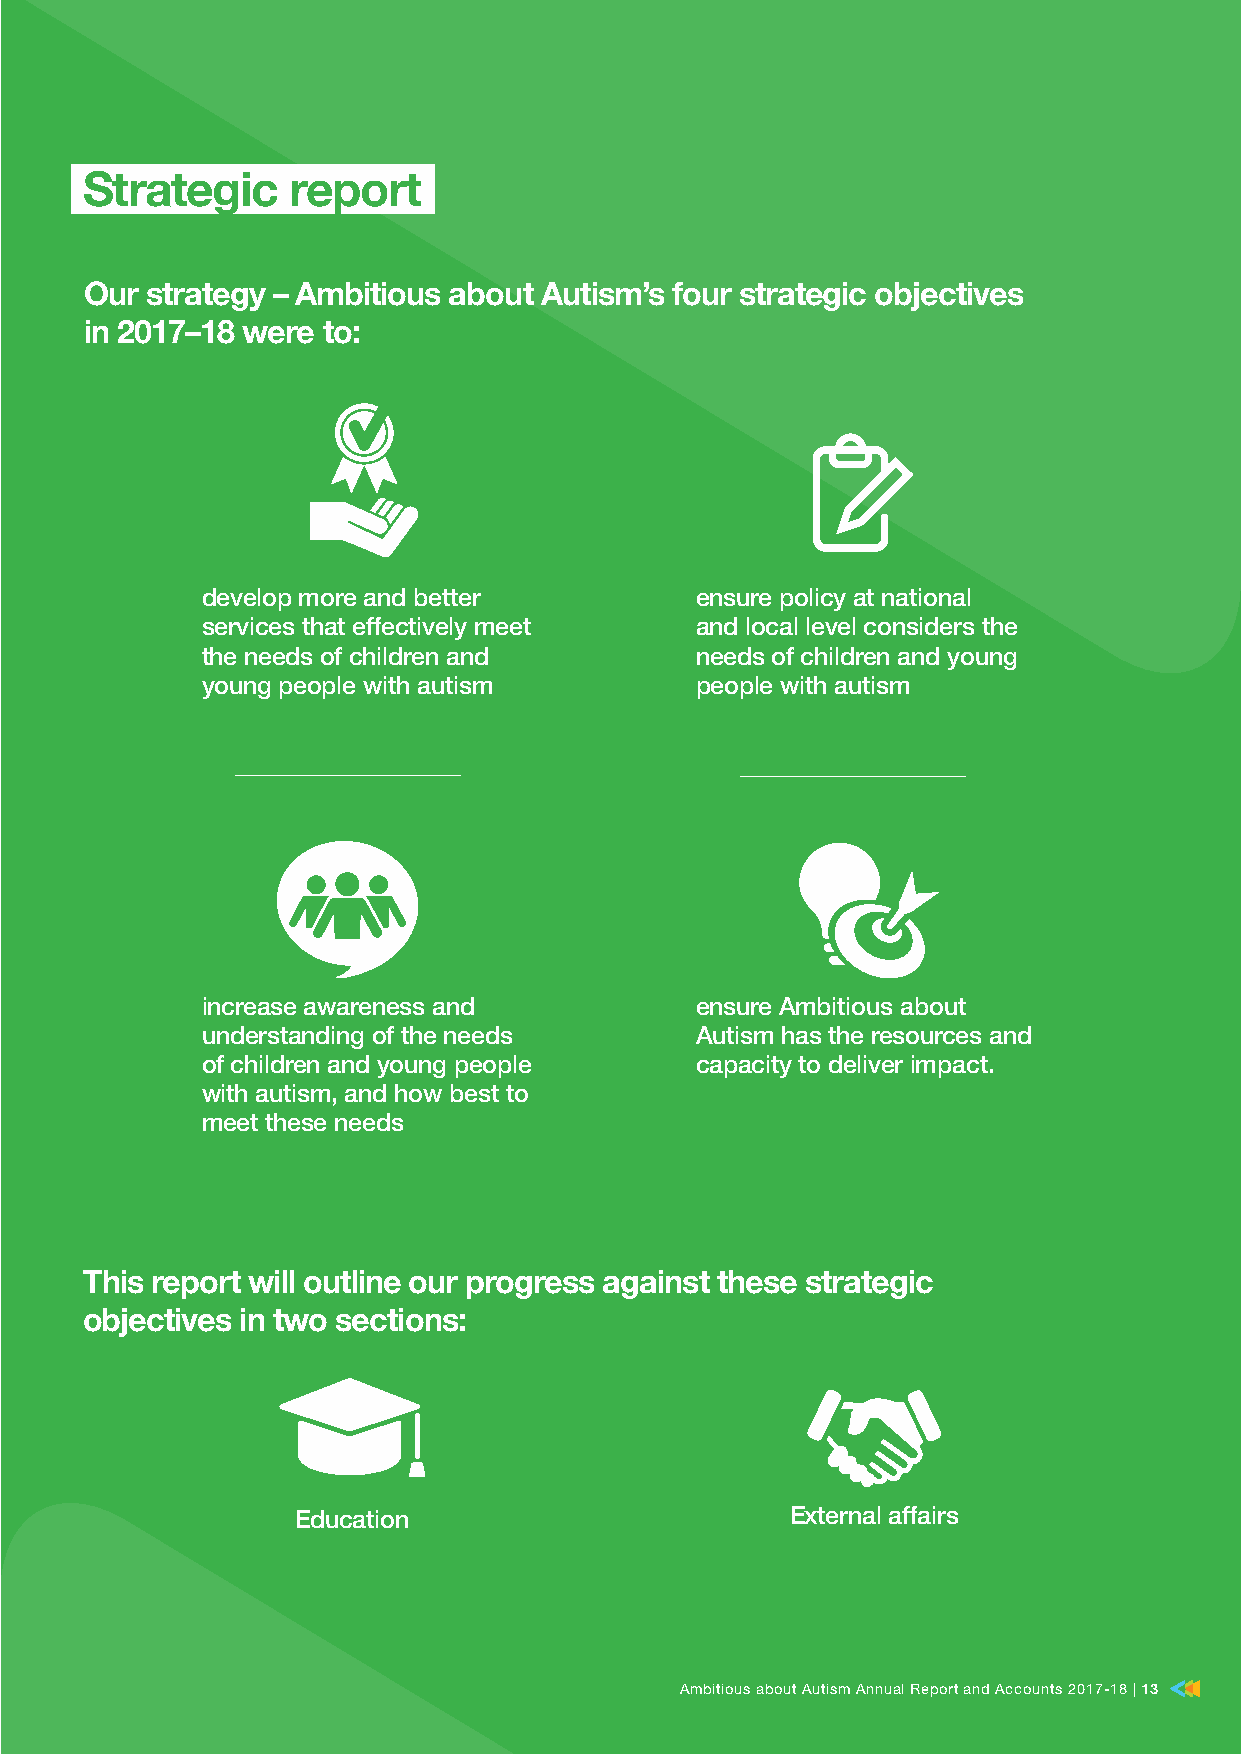
Strategic     report
 Our strategy – Ambitious about Autism’s four strategic objectives
 in 2017–18 were to:
 develop more and better          ensure policy at national
 services that effectively meet   and local level considers the
 the needs of children and        needs of children and young
 young people with autism         people with autism
 increase awareness and           ensure Ambitious about
 understanding of the needs       Autism has the resources and
 of children and young people     capacity to deliver impact.
 with autism, and how best to
 meet these needs
 This report will outline our progress against these strategic
 objectives in two sections:
 Education                       External affairs
 AAmmbbiittiioouuss aabboouutt AAuuttiissmm AAnnnnuuaall RReeppoorrtt aanndd AAccccoouunnttss 22001177–-1188 || 1133